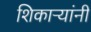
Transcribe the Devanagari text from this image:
शिकाऱ्यांनी